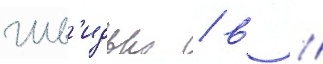
Шв'идько / в //